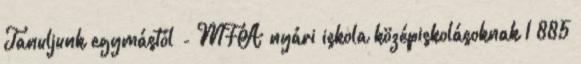
Tanuljunk egymástól - MFA nyári iskola középiskolásoknak 1 885